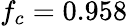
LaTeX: f_{c}=0.958